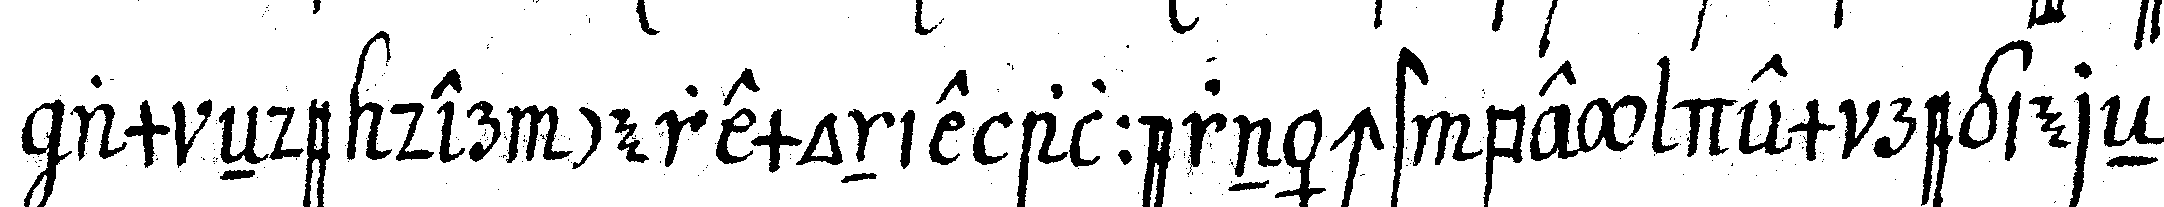
am eNde der ceremonie allernächst bey dem regiereN